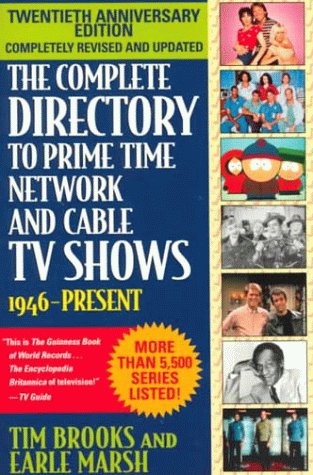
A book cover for The Complete Directory to Prime Time Network and Cable TV Shows, Seventh Edition; Tim Brooks; Humor & Entertainment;